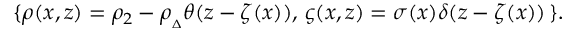
\{ \rho ( x , z ) = \rho _ { 2 } - \rho _ { { } _ { \Delta } } \theta ( z - \zeta ( x ) ) , \, \varsigma ( x , z ) = \sigma ( x ) \delta ( z - \zeta ( x ) ) \, \} .